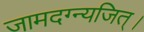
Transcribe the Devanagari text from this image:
जामदग्न्यजित्‌।